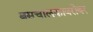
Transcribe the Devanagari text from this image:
बसचालकाबरोबर